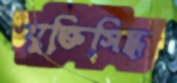
যুক্তিসিদ্ধ